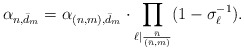
\begin{align*} \alpha_{n,\bar{d}_m} = \alpha_{(n,m),\bar{d}_m} \cdot \prod_{\ell \mid \frac{\bar{n} }{(\bar{n},m)}} (1-\sigma_{\ell}^{-1}).\end{align*}